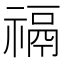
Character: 𰨐